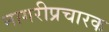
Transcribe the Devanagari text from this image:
नागरीप्रचारक